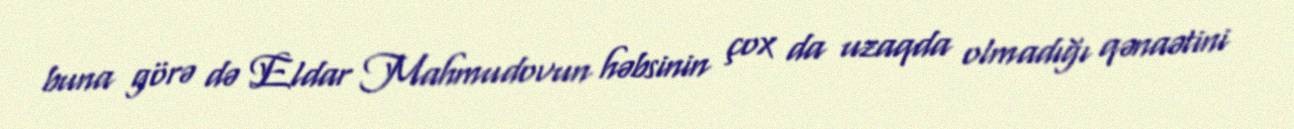
buna görə də Eldar Mahmudovun həbsinin çox da uzaqda olmadığı qənaətini